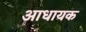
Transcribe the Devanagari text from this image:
आधायक